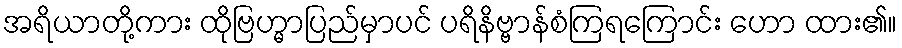
အရိယာတို့ကား ထိုဗြဟ္မာပြည်မှာပင် ပရိနိဗ္ဗာန်စံကြရကြောင်း ဟော ထား၏။